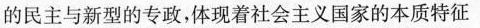
的民主与新型的专政，体现着社会主义国家的本质特征